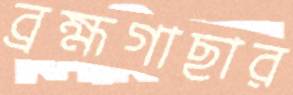
ব্রহ্মগাছার